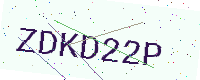
Text: ZDKD22P